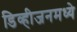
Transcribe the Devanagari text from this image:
डिव्हीजनमध्ये